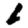
Digit: 6